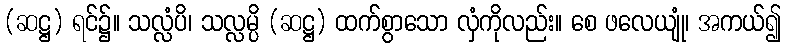
(ဆဋ္ဌ) ရင်၌။ သလ္လံပိ၊ သလ္လမ္ပိ (ဆဋ္ဌ) ထက်စွာသော လှံကိုလည်း။ စေ ဖလေယျုံ၊ အကယ်၍